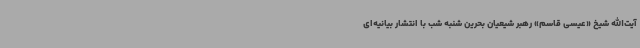
آیت‌الله شیخ «عیسی قاسم» رهبر شیعیان بحرین شنبه شب با انتشار بیانیه‌ای